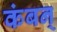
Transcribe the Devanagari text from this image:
कंबन्